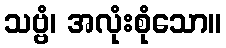
သဗ္ဗံ၊ အလုံးစုံသော။